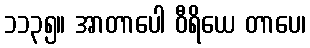
၁၁၃၅။ အာတာပေါ ဝီရိယေ တာပေ၊